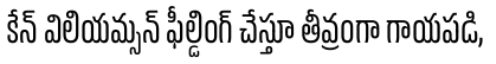
కేన్ విలియమ్సన్ ఫీల్డింగ్ చేస్తూ తీవ్రంగా గాయపడి,